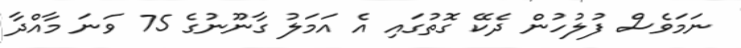
ނަމަވެސް ފުލުހުން ދެކޭ ގޮތުގައި އެ އަމަލު ގާނޫނުގެ 75 ވަނަ މާއްދާ